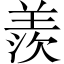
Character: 羨